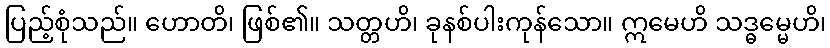
ပြည့်စုံသည်။ ဟောတိ၊ ဖြစ်၏။ သတ္တဟိ၊ ခုနစ်ပါးကုန်သော။ ဣမေဟိ သဒ္ဓမ္မေဟိ၊